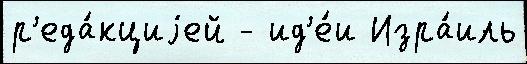
р'еда́кциjей - ид'е́и Изра́иль